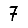
Digit: 7